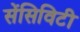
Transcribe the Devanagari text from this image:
सेंसिविटी